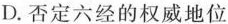
D.否定六经的权威地位